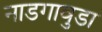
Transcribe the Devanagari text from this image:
नाडगावुडा